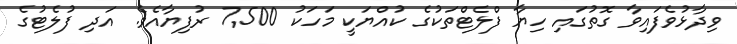
ވިދާޅުވެފައިވާ ގޮތުގައި ހިޔާ ފްލެޓްތަކުގެ ކުއްޔަކީ މަހަކު 7